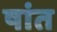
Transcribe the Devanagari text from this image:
षांत